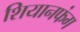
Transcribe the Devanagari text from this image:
शियानफंग